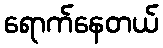
ရောက်နေတယ်